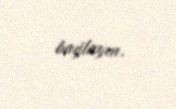
bağlayın.